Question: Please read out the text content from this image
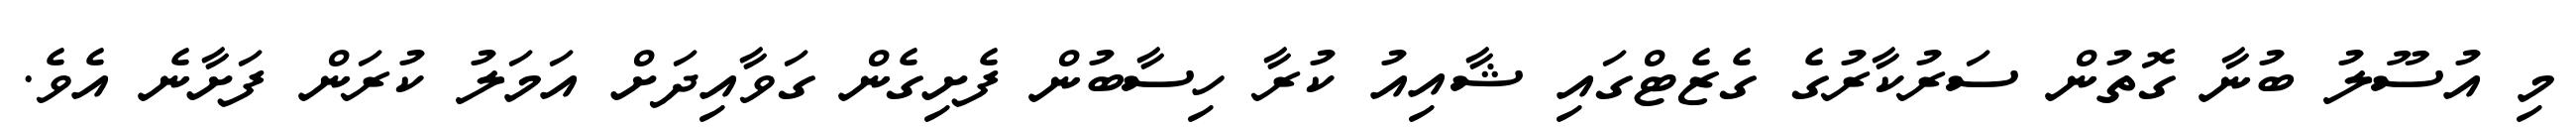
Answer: މި އުސޫލު ބުނާ ގޮތުން ސަރުކާރުގެ ގެޒެޓްގައި ޝާއިއު ކުރާ ހިސާބުން ފެށިގެން ގަވާއިދަށް އަމަލު ކުރަން ފަށާނެ އެވެ.